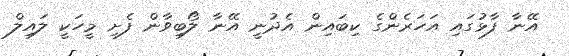
އޭނާ ފާޅުގައި އަހަރެންގެ ކިބައިން އެދުނީ އޭނާ ލޯބިވާން ފެށި މީހަކީ ލައިލް